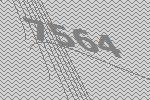
7564